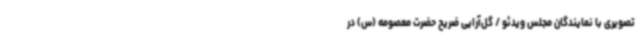
تصویری با نمایندگان مجلس ویدئو / گل‌آرایی ضریح حضرت معصومه (س) در